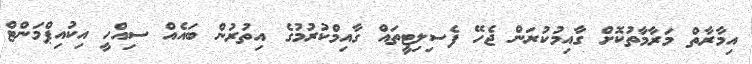
އިމާރާތް މަރާމާތުކޮށް ގާއިމުކުރަން ޖެހޭ ފެސިލިޓީތައް ގާއިމްކުރުމުގެ އިތުރުން ބައެއް ސިއްހީ އިކުއިޕްމަންޓް